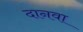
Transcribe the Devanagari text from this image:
दानवा